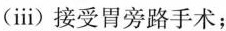
(ⅲ)接受胃旁路手术；